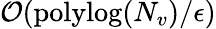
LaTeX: \mathcal{O}(\mathrm{polylog}(N_{v})/\epsilon)